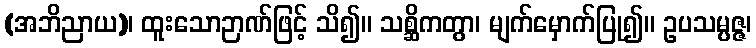
(အဘိညာယ)၊ ထူးသောဉာဏ်ဖြင့် သိ၍။ သစ္ဆိကတွာ၊ မျက်မှောက်ပြု၍။ ဥပသမ္ပဇ္ဇ၊